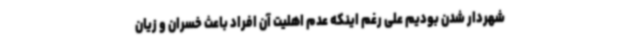
شهردار شدن بودیم علی رغم اینکه عدم اهلیت آن افراد باعث خسران و زیان